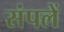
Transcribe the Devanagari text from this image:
संपलें